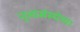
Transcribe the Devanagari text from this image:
नृत्यसंस्थेच्या